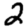
Digit: 2